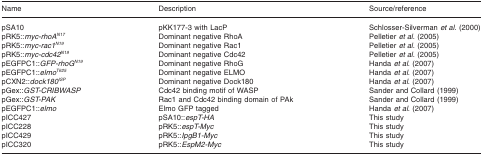
<table><thead><tr><td><b>Name</b></td><td><b>Description</b></td><td><b>Source/reference</b></td></tr></thead><tbody><tr><td>pSA10</td><td>pKK177-3 with LacP</td><td>Schlosser-Silverman <i>et al.</i> (2000)</td></tr><tr><td>pRK5::<i>myc-rhoA</i><sup><i>N17</i></sup></td><td>Dominant negative RhoA</td><td>Pelletier <i>et al</i>. (2005)</td></tr><tr><td>pRK5::<i>myc-rac1</i><sup><i>N19</i></sup></td><td>Dominant negative Rac1</td><td>Pelletier <i>et al</i>. (2005)</td></tr><tr><td>pRK5::<i>myc-cdc42</i><sup><i>N19</i></sup></td><td>Dominant negative Cdc42</td><td>Pelletier <i>et al</i>. (2005)</td></tr><tr><td>pEGFPC1::<i>GFP-rhoG</i><sup><i>N19</i></sup></td><td>Dominant negative RhoG</td><td>Handa <i>et al</i>. (2007)</td></tr><tr><td>pEGFPC1::<i>elmo</i><sup><i>T625</i></sup></td><td>Dominant negative ELMO</td><td>Handa <i>et al</i>. (2007)</td></tr><tr><td>pCXN2::<i>dock180</i><sup><i>ISP</i></sup></td><td>Dominant negative Dock180</td><td>Handa <i>et al</i>. (2007)</td></tr><tr><td>pGex::<i>GST-CRIBWASP</i></td><td>Cdc42 binding motif of WASP</td><td>Sander and Collard (1999)</td></tr><tr><td>pGex::<i>GST-PAK</i></td><td>Rac1 and Cdc42 binding domain of PAk</td><td>Sander and Collard (1999)</td></tr><tr><td>pEGFPC1::<i>elmo</i></td><td>Elmo GFP tagged</td><td>Handa <i>et al</i>. (2007)</td></tr><tr><td>pICC427</td><td>pSA10::<i>espT-HA</i></td><td>This study</td></tr><tr><td>pICC228</td><td>pRK5::<i>espT-Myc</i></td><td>This study</td></tr><tr><td>pICC429</td><td>pRK5::<i>IpgB1-Myc</i></td><td>This study</td></tr><tr><td>pICC320</td><td>pRK5::<i>EspM2-Myc</i></td><td>This study</td></tr></tbody></table>